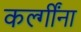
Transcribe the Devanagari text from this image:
कर्ल्गींना